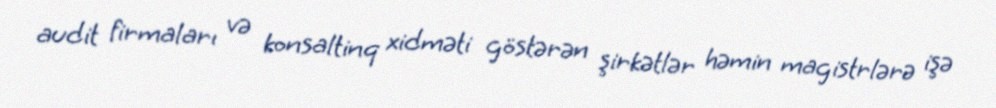
audit firmaları və konsaltinq xidməti göstərən şirkətlər həmin magistrlərə işə